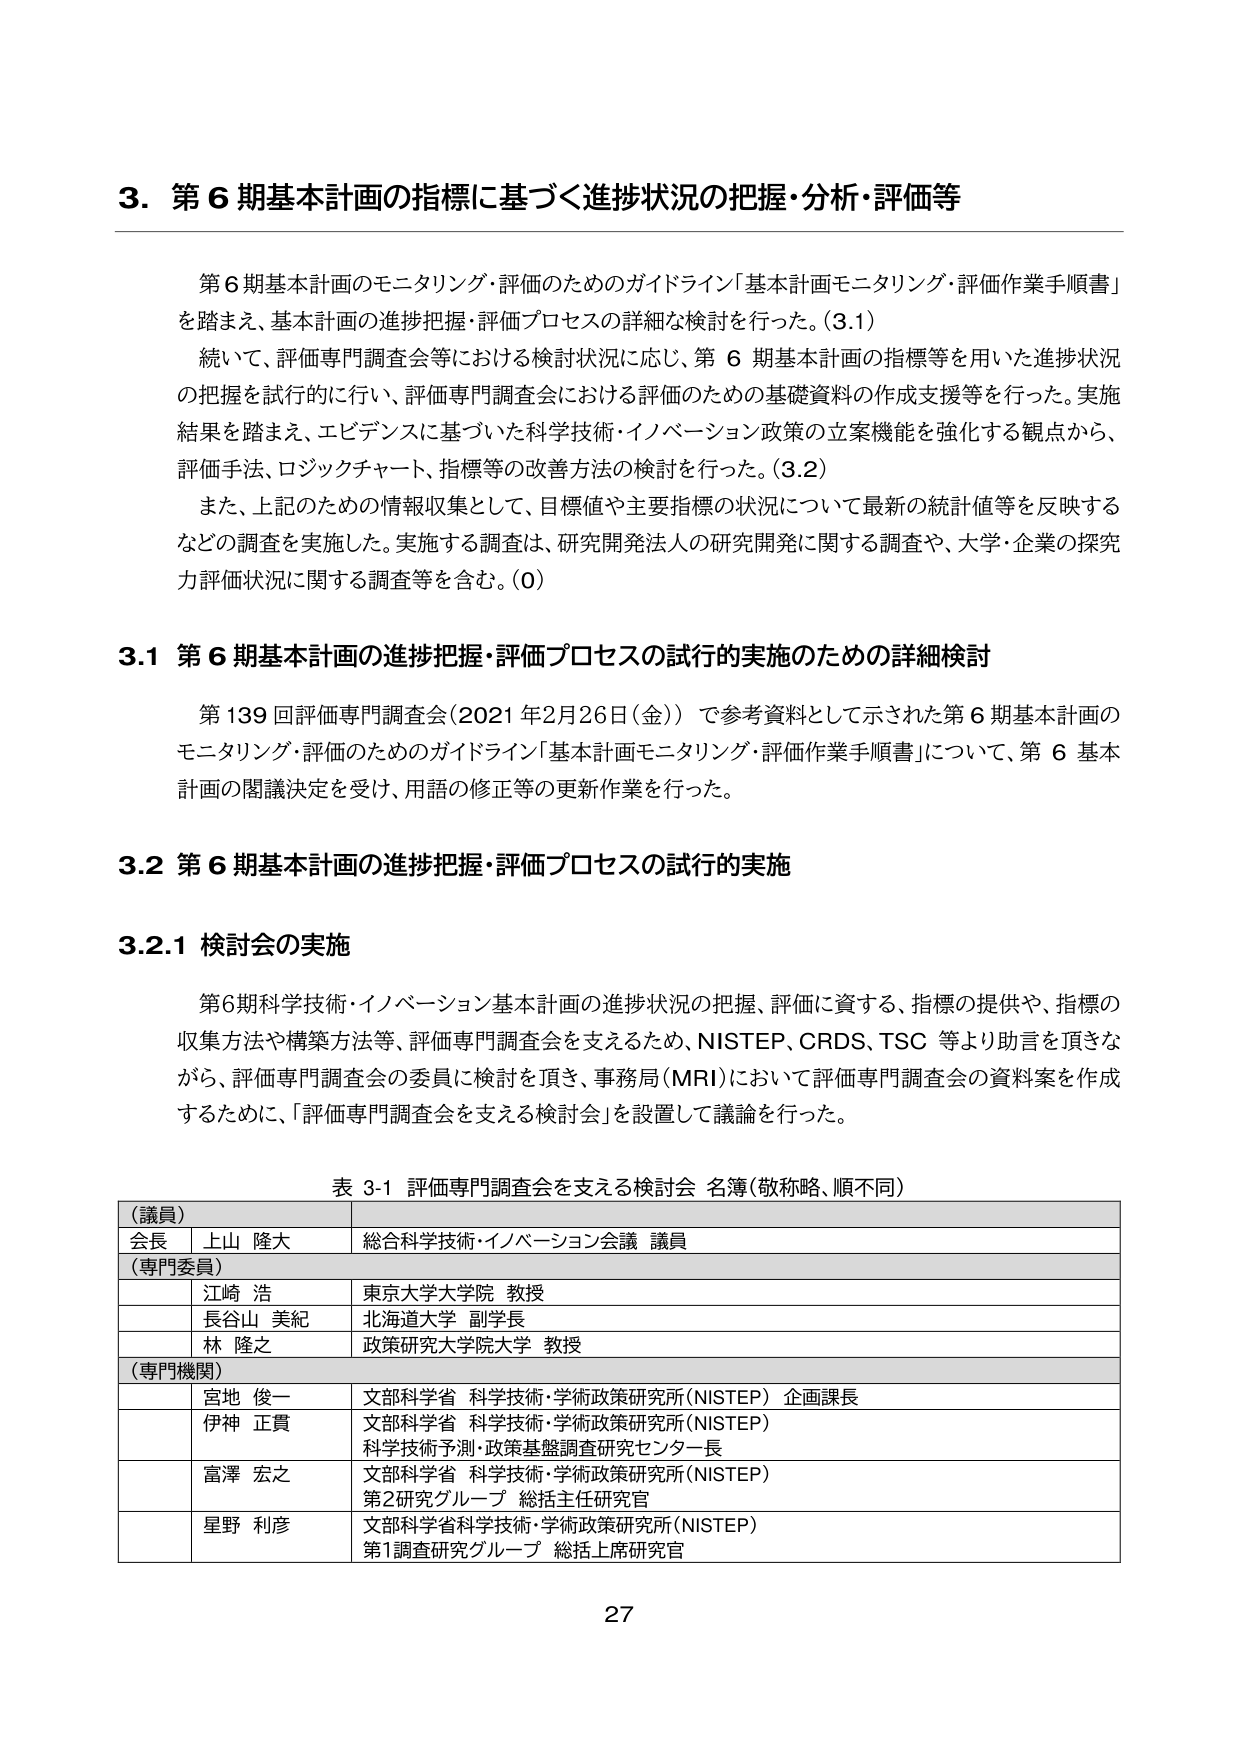
3. 第6期基本計画の指標に基づく進捗状況の把握・分析・評価等

第6期基本計画のモニタリング・評価のためのガイドライン「基本計画モニタリング・評価作業手順書」を踏まえ、基本計画の進捗把握・評価プロセスの詳細な検討を行った。(3.1)

続いて、評価専門調査会等における検討状況に応じ、第6期基本計画の指標等を用いた進捗状況の把握を試行的に行い、評価専門調査会における評価のための基礎資料の作成支援等を行った。実施結果を踏まえ、エビデンスに基づいた科学技術・イノベーション政策の立案機能を強化する観点から、評価手法、ロジックチャート、指標等の改善方法の検討を行った。(3.2)

また、上記のための情報収集として、目標値や主要指標の状況について最新の統計値等を反映するなどの調査を実施した。実施する調査は、研究開発法人の研究開発に関する調査や、大学・企業の探究力評価状況に関する調査等を含む。(0)

3.1 第6期基本計画の進捗把握・評価プロセスの試行的実施のための詳細検討

第139回評価専門調査会（2021年2月26日（金））で参考資料として示された第6期基本計画のモニタリング・評価のためのガイドライン「基本計画モニタリング・評価作業手順書」について、第6基本計画の閣議決定を受け、用語の修正等の更新作業を行った。

3.2 第6期基本計画の進捗把握・評価プロセスの試行的実施

3.2.1 検討会の実施

第6期科学技術・イノベーション基本計画の進捗状況の把握、評価に資する、指標の提供や、指標の収集方法や構築方法等、評価専門調査会を支えるため、NISTEP、CRDS、TSC等より助言を頂きながら、評価専門調査会の委員に検討を頂き、事務局（MRI）において評価専門調査会の資料案を作成するために、「評価専門調査会を支える検討会」を設置して議論を行った。

表 3-1 評価専門調査会を支える検討会 名簿（敬称略、順不同）

（議員）
会長 上山 隆大 総合科学技術・イノベーション会議 議員

（専門委員）
江崎 浩 東京大学大学院 教授
長谷山 美紀 北海道大学 副学長
林 隆之 政策研究大学院大学 教授

（専門機関）
宮地 俊一 文部科学省 科学技術・学術政策研究所（NISTEP）企画課長
伊神 正貫 文部科学省 科学技術・学術政策研究所（NISTEP）科学技術予測・政策基盤調査研究センター長
富澤 宏之 文部科学省 科学技術・学術政策研究所（NISTEP）第2研究グループ 総括主任研究官
星野 利彦 文部科学省科学技術・学術政策研究所（NISTEP）第1調査研究グループ 総括上席研究官

27